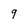
Character: 9